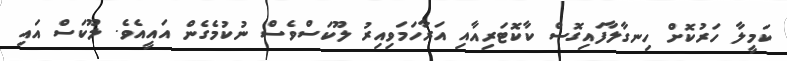
ކަމީލާ ހަރުކޮށް ހިނގާލާފައިގޮސް ކާކޮޓަރިއާއި އަރާހަމަވިއިރު ލޫކަސްވެސް ނުކުމެގެން އައީއެވެ. ލޫކަސް އައި